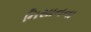
નિસાનના